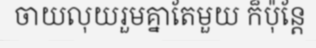
ចាយលុយរួមគ្នាតែមួយ ក៏ប៉ុន្តែ